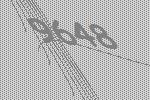
9648